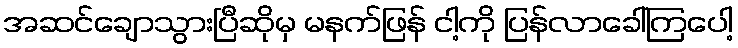
အဆင်ချောသွားပြီဆိုမှ မနက်ဖြန် ငါ့ကို ပြန်လာခေါ်ကြပေါ့